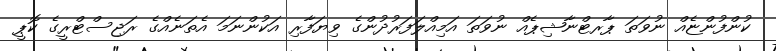
ކުންފުންޏެއް ނުވަތަ ޕާރޓްނާޝިޕެއް ނުވަތަ އަމިއްލަފަރުދުންގެ ވިޔަފާރި އަކުންނަމަ އެތަނެއްގެ ރަޖިސްޓްރީގެ ކޮޕީ